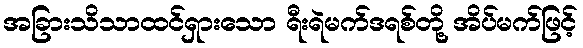
အခြားသိသာထင်ရှားသော ရီးရဲမက်ဒရစ်တို့ အိပ်မက်ဖြင့်